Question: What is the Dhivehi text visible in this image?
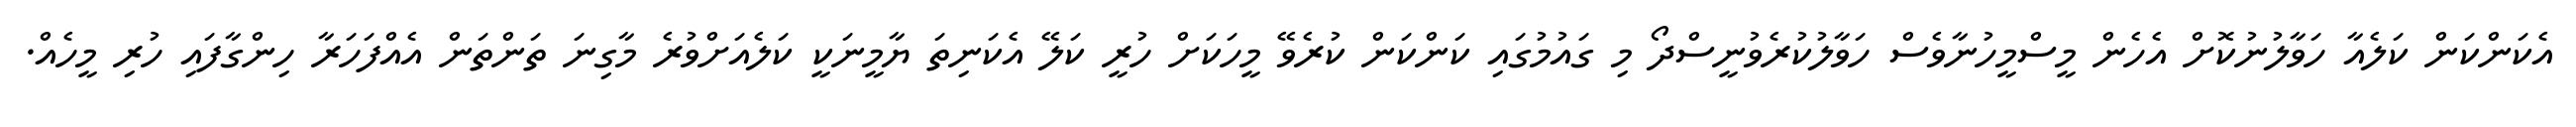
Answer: އެކަންކަން ކަލެއާ ހަވާލުނުކޮށް އެހެން މީސްމީހުނާވެސް ހަވާލުކުރެވުނީސްދޯ މި ގައުމުގައި ކަންކަން ކުރެވޭ މީހަކަށް ހުރީ ކަލޭ އެކަނިތަ ޔާމީނަކީ ކަލެއަށްވުރެ މާގިނަ ތަންތަން އެއްފަހަރާ ހިންގާފައި ހުރި މީހެއް.